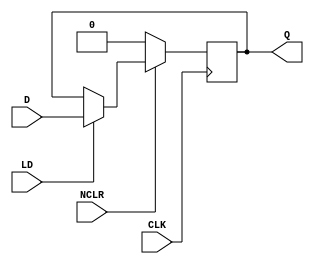
`timescale 1ns / 1ps

/*
* dff - a D flip-flop module
*
* Inputs:
*         - D -> input data
*         - NCLR -> reset signal (active low)
*         - CLK -> clock source
*         - LD -> load signal
*
* Outputs:
*          - Q -> output data
*/

module dff 	( input D,
              input NCLR,
              input CLK,
              input LD,
              output reg Q);
              
    initial Q = 0;

	always @ (posedge CLK)
       if (!NCLR)
          Q <= 0;
       else if (LD)
          Q <= D;
endmodule